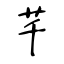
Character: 芊